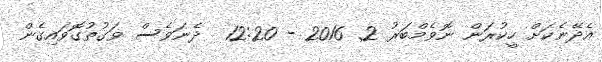
އެދޭނެކަށް ހީކުރަން ނޮވެމްބަރު 2